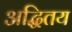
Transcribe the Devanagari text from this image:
अद्धितय